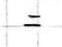
=